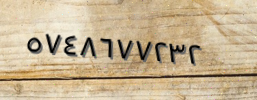
٥٧٤٨٦٧٧٢٣٢